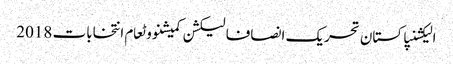
الیکشنپاکستان تحریک انصافالیکشن کمیشنووٹعام انتخابات 2018